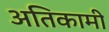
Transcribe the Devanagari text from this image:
अतिकामी